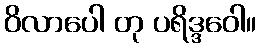
ဝိလာပေါ တု ပရိဒ္ဒဝေါ။